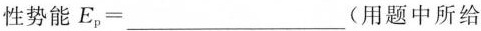
性势能 $$E_{p} = ___$$(用题中所给